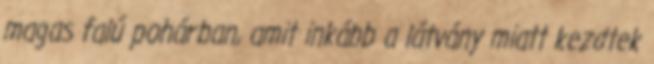
magas falú pohárban, amit inkább a látvány miatt kezdtek